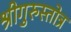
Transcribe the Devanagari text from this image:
श्रीगुरुस्तोत्र